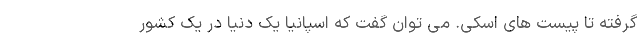
گرفته تا پیست های اسکی. می توان گفت که اسپانیا یک دنیا در یک کشور